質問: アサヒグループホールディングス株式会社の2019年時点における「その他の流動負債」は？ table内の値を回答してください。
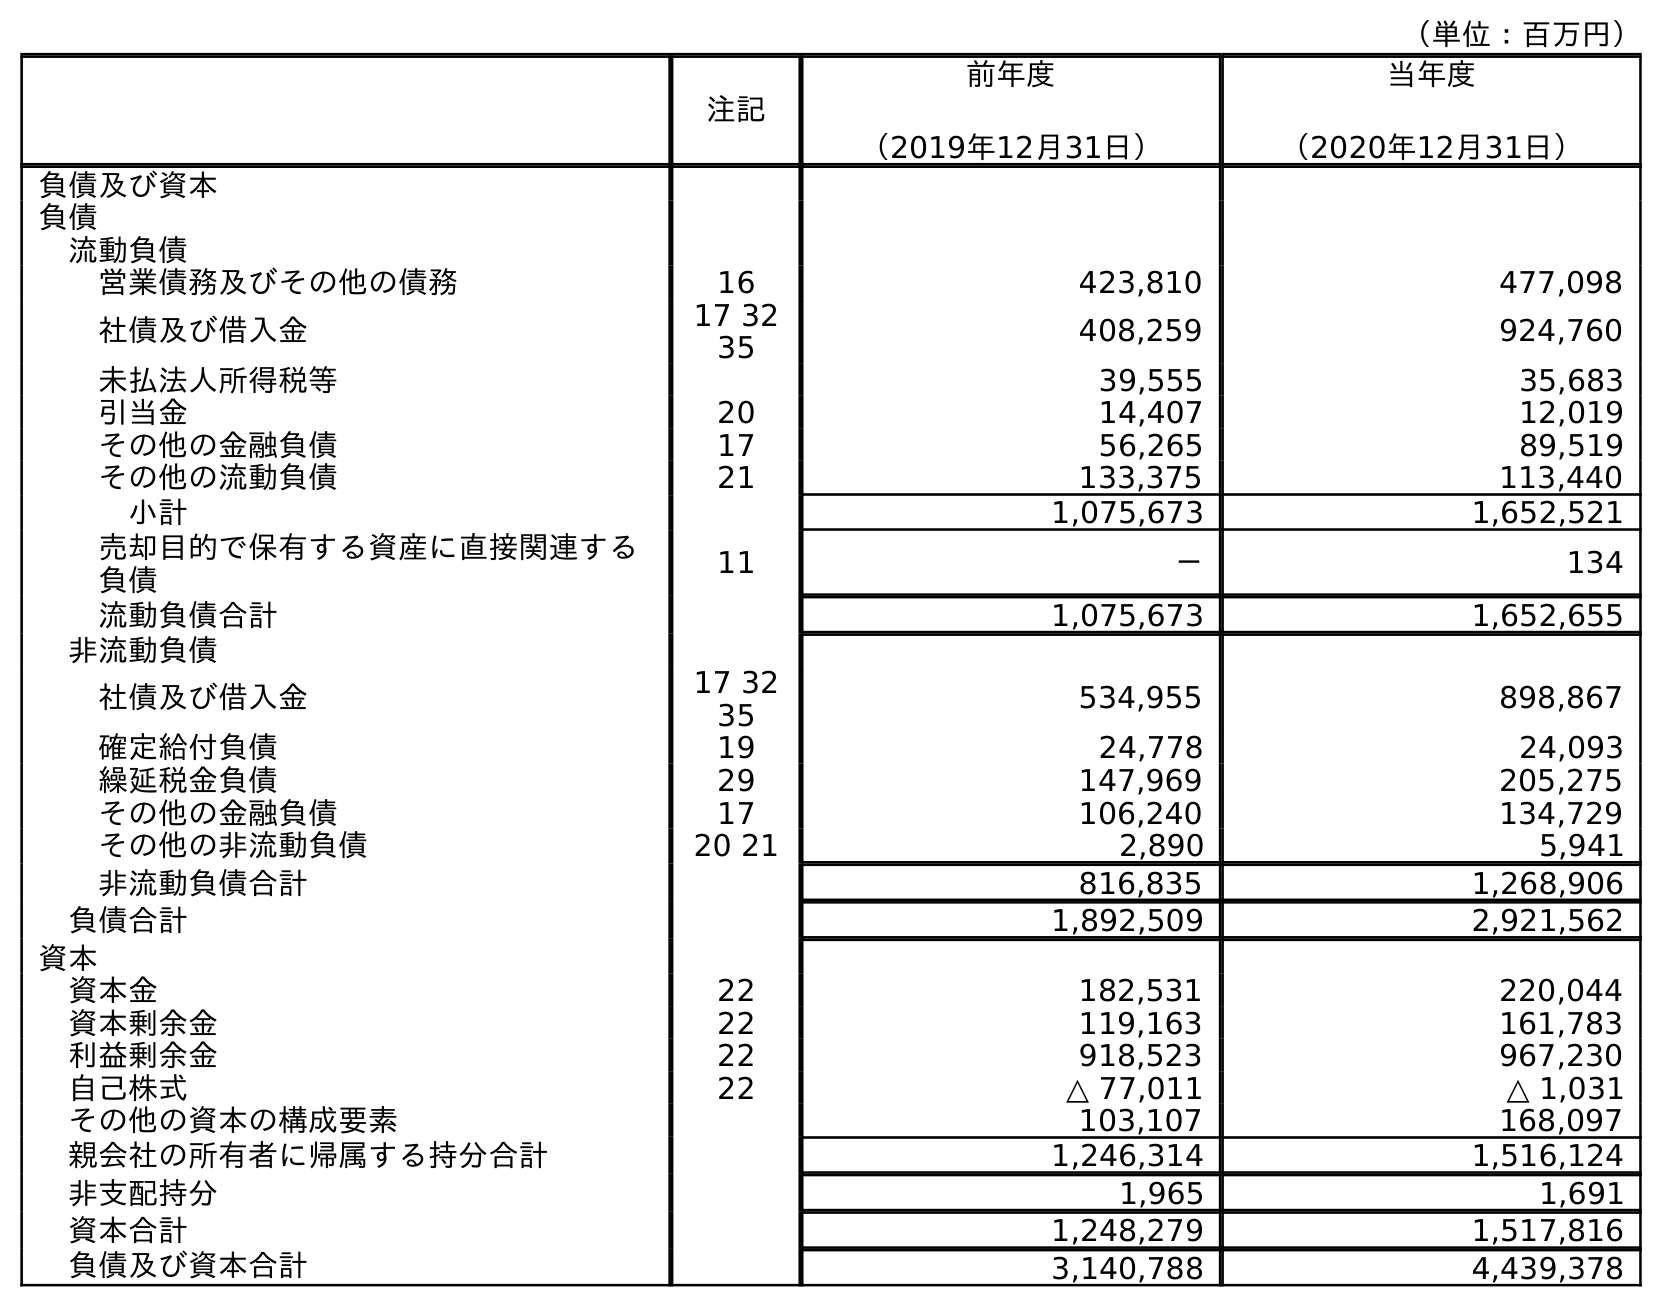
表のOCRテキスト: （単位：百万円） 注記 前年度 （2019年12月31日） 当年度 （2020年12月31日） 負債及び資本 負債 流動負債 営業債務及びその他の債務 16 423,810 477,098 社債及び借入金 17 32 35 408,259 924,760 未払法人所得税等 39,555 35,683 引当金 20 14,407 12,019 その他の金融負債 17 56,265 89,519 その他の流動負債 21 133,375 113,440 小計 1,075,673 1,652,521 売却目的で保有する資産に直接関連する 負債 11 － 134 流動負債合計 1,075,673 1,652,655 非流動負債 社債及び借入金 17 32 35 534,955 898,867 確定給付負債 19 24,778 24,093 繰延税金負債 29 147,969 205,275 その他の金融負債 17 106,240 134,729 その他の非流動負債 20 21 2,890 5,941 非流動負債合計 816,835 1,268,906 負債合計 1,892,509 2,921,562 資本 資本金 22 182,531 220,044 資本剰余金 22 119,163 161,783 利益剰余金 22 918,523 967,230 自己株式 22 △ 77,011 △ 1,031 その他の資本の構成要素 103,107 168,097 親会社の所有者に帰属する持分合計 1,246,314 1,516,124 非支配持分 1,965 1,691 資本合計 1,248,279 1,517,816 負債及び資本合計 3,140,788 4,439,378
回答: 133,375